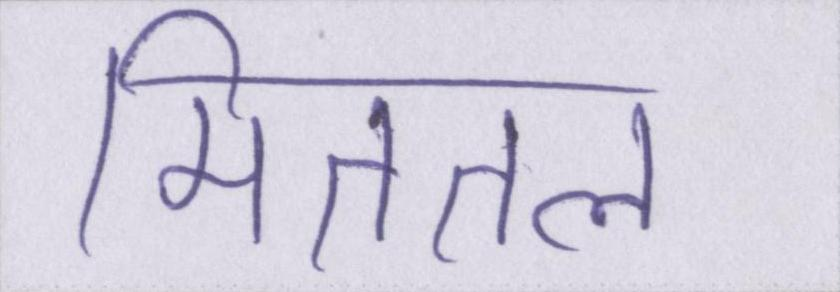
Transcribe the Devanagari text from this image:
मिततल